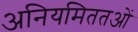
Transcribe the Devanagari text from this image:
अनियमिततओं